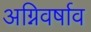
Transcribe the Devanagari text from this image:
अग्निवर्षाव